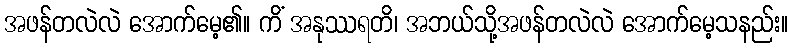
အဖန်တလဲလဲ အောက်မေ့၏။ ကိံ အနုဿရတိ၊ အဘယ်သို့အဖန်တလဲလဲ အောက်မေ့သနည်း။